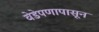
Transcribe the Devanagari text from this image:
वेडेपणापासून